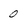
Character: 0